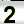
Digit: 2